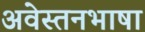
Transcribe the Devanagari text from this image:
अवेस्तनभाषा